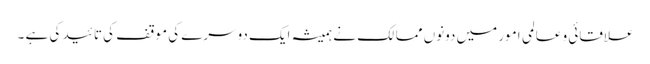
علاقائی و عالمی امور میں دونوں ممالک نے ہمیشہ ایک دوسرے کی موقف کی تائید کی ہے ۔